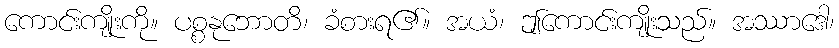
ကောင်းကျိုးကို။ ပစ္စနုဘောတိ၊ ခံစားရ၏။ အယံ၊ ဤကောင်းကျိုးသည်။ အဿာဒေါ၊